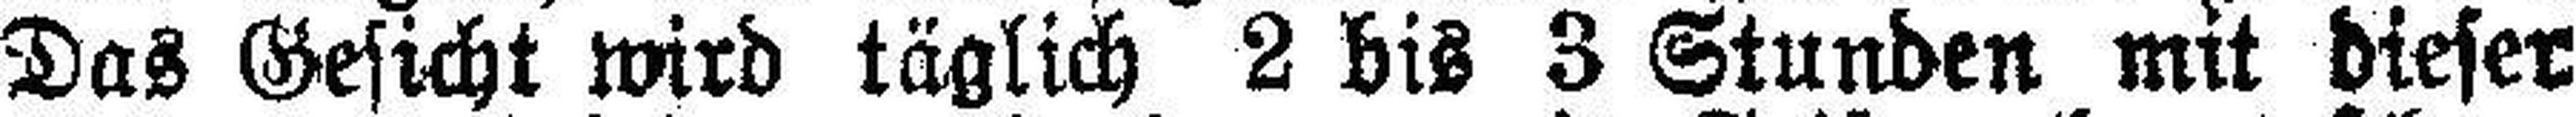
Das Gesicht wird täglich 2 bis 3 Stunden mit dieser